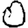
Digit: 0